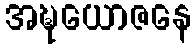
အဍ္ဎယောဇနေ